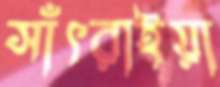
সাঁৎরাইয়া